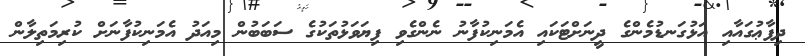
ދިފާޢުގައާއި އަޅުގަނޑުމެންގެ ދީނަށްޓަކައި އެމަނިކުފާނު ނެންގެވި ފިޔަވަޅުތަކުގެ ސަބަބުން މިއަދު އެމަނިކުފާނަށް ކުރިމަތިލާން